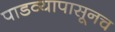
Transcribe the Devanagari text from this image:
पाडव्यापासूनच